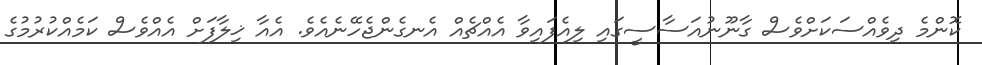
ކޮންމެ ދިވެއްސަކަށްވެސް ގާނޫނުއަސާސީގައި ލިއެފައިވާ އެއްޗެއް އެނގެންޖެހޭނެއެވެ. އެއާ ޚިލާފަށް އެއްވެސް ކަމެއްކުރުމުގެ